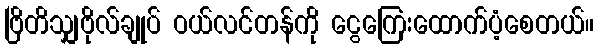
ဗြိတိသျှဗိုလ်ချုပ် ဝယ်လင်တန်ကို ငွေကြေးထောက်ပံ့စေတယ်။